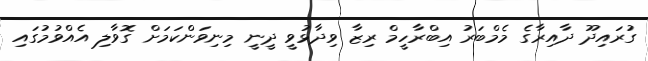
ގުރައިދޫ ދާއިރާގެ މެމްބަރު އިބްރާހީމް ރިޒާ ވިދާޅުވީ ދީނީ މިނިވަންކަމަށް ގޮވާލި އެއްވުމުގައި